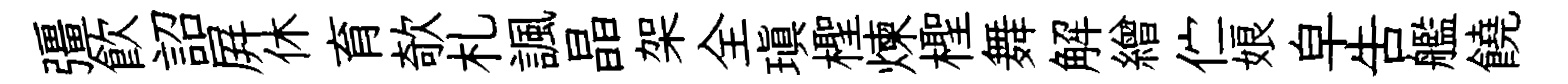
彊飮詔屛休育欹札諷晶架全瑱檉煉檉舞解繒伫娘皁吿艦饒